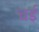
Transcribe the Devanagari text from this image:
चई